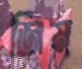
জিম